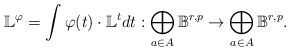
\begin{align*}\mathbb{L}^{\varphi}=\int \varphi(t)\cdot \mathbb{L}^{t} dt:\bigoplus_{a\in A}\mathbb{B}^{r,p}\to \bigoplus_{a\in A}\mathbb{B}^{r,p}.\end{align*}